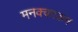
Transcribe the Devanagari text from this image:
मनक्काडन